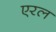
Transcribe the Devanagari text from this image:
एरल